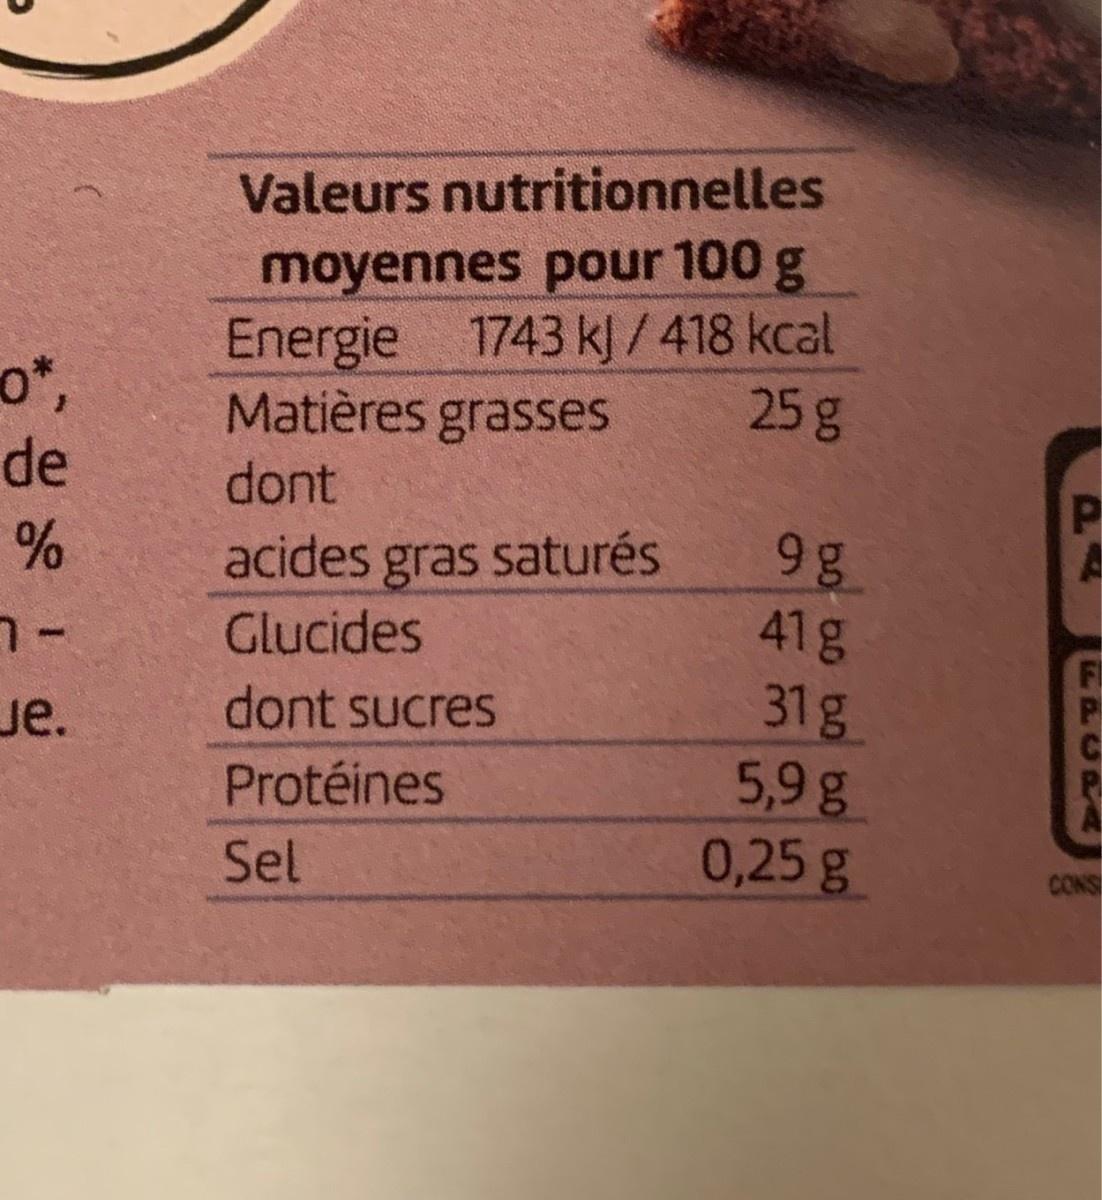
Valeurs nutritionnelles
moyennes pour 100 g Energie Matières grasses
1743 kJ/418 kcal 25g
o*,
de
dont
9g 41g 31g 5,9g 0,25g
acides gras saturés
Glucides
ue.
dont sucres
Protéines
Sel
CONS
PA
CRA